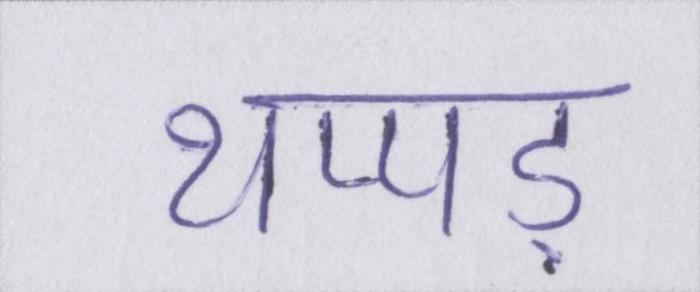
थप्पड़